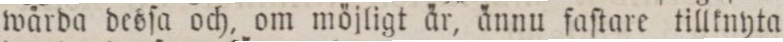
wårda desſa och, om möjligt är, ännu faſtare tillknyta